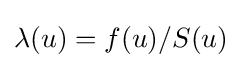
\lambda (u)=f(u)/S(u)